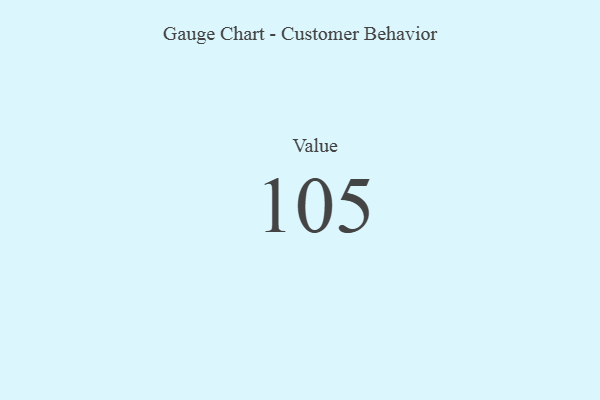
{"axis": {"x": "Metric", "y": "Value"}, "legend": [""], "data": [{"x": "Value", "y": 105, "type": ""}]}